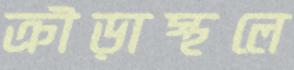
ক্রীড়াস্থলে